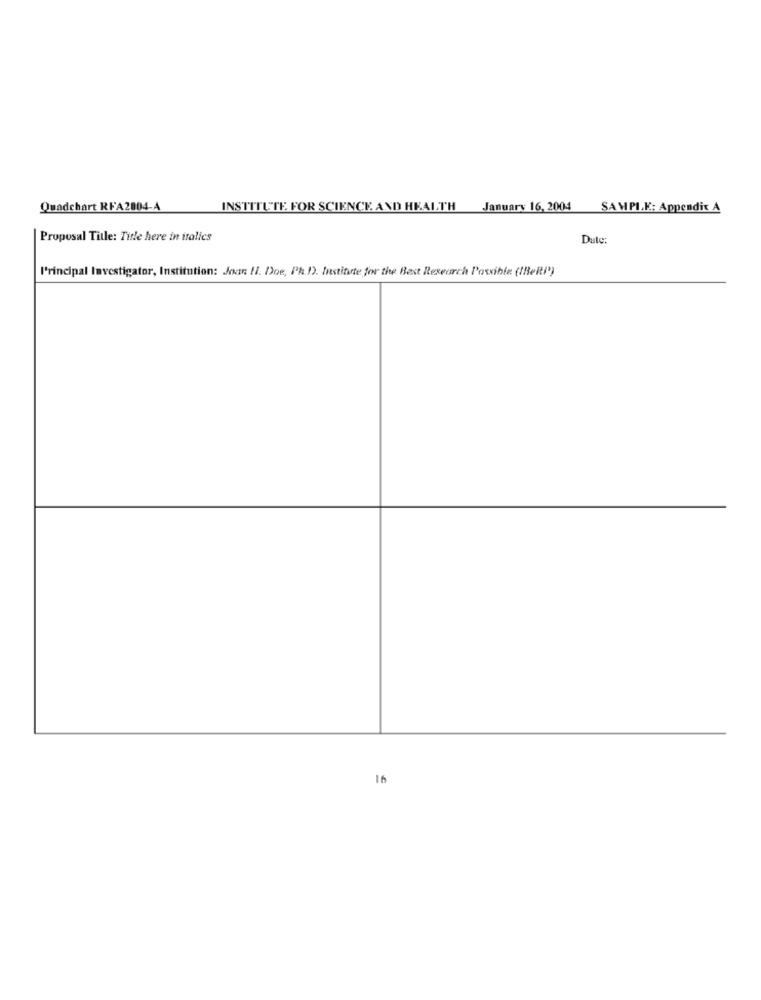
Quadchart RFA2004-A
INSTITUTE FOR SCIENCE AND HEALTH January 16, 2004
SAMPLE: Appendix A
Proposal Title: Title here in italics
Duty:
l'rincipal Investigator, Institution: Joan Il. Doe, Ph.D). Institute for the Best Research Possible (IBeRI')
16